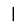
Digit: 1